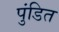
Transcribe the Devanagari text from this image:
पुंडित